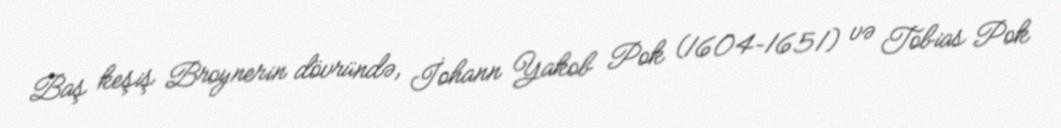
Baş keşiş Broynerin dövründə, İohann Yakob Pok (1604–1651) və Tobias Pok